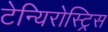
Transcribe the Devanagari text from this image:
टेन्यिरोस्ट्रिस